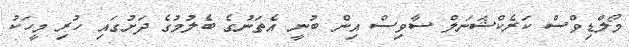
މޯލްޑިވްސް ކަރެކްޝަނަލް ސާވިސް އިން ބުނީ އެތަނުގެ ބެލުމުގެ ދަށުގައި ހުރި މީހަކު